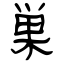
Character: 巣